Vital statistics of India. Vol. VI, European troops 1870-79
Year: 1870
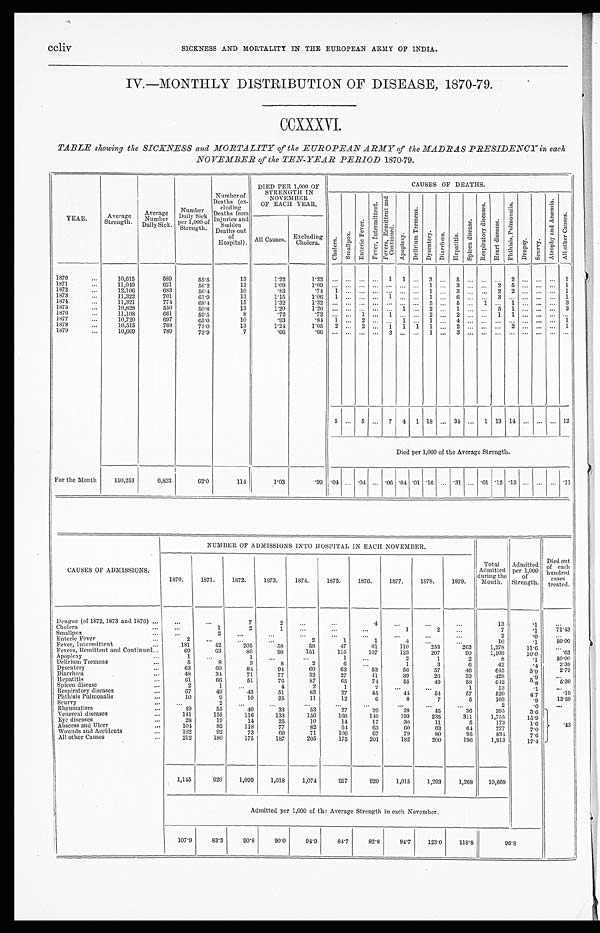
ccliv
SICKNESS AND MORTALITY IN THE EUROPEAN ARMY OF INDIA.
IV.—MONTHLY DISTRIBUTION OF DISEASE, 1870-79.
CCXXXVI.
TABLE showing the SICKNESS and MORTALITY of the EUROPEAN ARMY of the MADRAS PRESIDENCY in each
NOVEMBER of the TEN-YEAR PERIOD 1870-79.
YEAR.
Average
Strength.
Average
Number
Daily Sick.
Number
Daily Sick
Per 1,000 of
Strength.
Number of
Deaths (ex-
cluding
Deaths from
injuries and
Sudden
Deaths out
of
Hospital).
DIED PER 1,000 OF
STRENGTH IN
NOV
E M B E R
OF EACH YEAR.
CAUSES OF DEATHS.
C h o l e r a .
S m a l l p o x .
E n t e r i c F e v e r .
F e v e r , I n t e r m i t t e n t . F e v e r s , Re mi t t e n t a n d Co n t i n u e d . Apoplexy.
D e l i r i u m T r e m e n s .
D y s e n t e r y .
D i a r r h œ a .
H e p a t i t i s .
S p l e e n d i s e a s e .
R e s p i r a t o r y d i s e a s e .
He a r t di s e a s e .
P h t h i s i s P u l m o n a l i s .
D r o p s y .
S c u r v y .
A t r o p h y a n d A n æ m i a .
A l l o t h e r C a u s e s .
All Causes.
Excluding
Cholera.
1870
...
10,615
589
55.5
13
1.22
1 . 2 2
. . .
. . .
. . ....
1
1
. . .
3
. . .
5
. . .
. . ....
2
. . .
. . .
. . .
1
1871...
11,049
621
56.2
12
1.09
1.09
. . . ...
. . . ...
. . . ...
. . .
1
. . .
3
. . .
. . .2
5
. . .
. . .
. . .
1
1872
...
12,106
683
56.4
10
.83
.74
1
. . . ...
...
...
...
...
1
. . .
3
. . .
. . .2
2
. . .
. . .
. . .
1
1873
...
11,322
701
61.9
13
1.15
1.06
1
...
...
...
1
. . .
. . .
1
. . .
6
. . .
. . .3
...
. . .
. . .
. . .
1
1874 ...
11,321
774
68.4
15
1.32
1 . 3 2
. . .
. . .
. . . ...
. . .
. . .
. . .
5
. . .
5
. . .
1 ...
1
. . .
. . .
. . .
3
1875
...
10,828
550
50.8
13
1.20
1 . 2 0
. . .
. . .
. . . ...
. . .
1
. . .
2
. . .
1
. . .
. . .5
1
. . .
. . .
. . .
3
1876
...
11,108
661
59.5
8
.72
.72
. . . ...
1 ...
1
. . .
. . .
2
. . .
2
. . .
. . .1
1
. . .
. . .
. . .
. . .
1877
...
10,720
697
65.0
10
.93
.84
1
. . .
2 ...
. . .
1
. . .
1
. . .
4
. . .
. . ....
...
. . .
. . .
. . .
1
1878
...
10,515
768
73.0
13
1.24
1 . 0 5
2
. . .
2 ...
1
1
1
1
. . .
2
. . .
. . ....
2
. . .
. . .
. . .
1
1879
...
10,669
789
73.9
7
.66
. 6 6
. . .
. . .
. . . ...
3
. . .
. . .
1
. . .
3
. . .
. . ....
...
. . .
. . .
. . .
. . .
5
...
5
...
7
4
1
18
...
34 ...
1
13
14
...
...
...
12
Died per 1,000 of the Average Strength.
For the Month
110,253
6,833
62.0
114
1.03
.99
. 0 4 ... .04 ... .06 .04 .01 .16
... .31
... .01 .12 .13 ...
...
... .11
CAUSES OF ADMISSIONS.
NUMBER OF ADMISSIONS INTO HOSPITAL IN EACH NOVEMBER.
Total
Admitted
during the
Month.
Admitted
per 1,000
of
Strength.
Died
o u t
of
e a c h
hundred
cases
treated.
1870.
1871.
1872.
1873.
1874.
1875.
1876.
1877.
1878.
1879.
Dengue (of 1872, 1873 and 1876) ...
. . .
...
7
2
...
...
4
. . .
. . .
. . .
13
. 1
. . .
C h o l e r a . . .
. . .
1
2
1
. . .
. . .
1
2
...
7
. 1
7 1 . 4 3
Smallpox ...
...
2
...
. . .
...
...
...
...
. . .
. . .
...
2
. 0
. . .
Enteric Fever
...
2
. . .
. . .
. . .
2
1
1
4
...
. . .
10
. 1
5 0 . 0 0
Fever, Intermittent
...
181
42
205
5 8
58
47
61
110
253
263
1,278
1 1 . 6
. . .
Fevers, Remittent and Continued ...
69
63
86
98
151
115
107
123
207
90
1,109
1 0 . 0
63
Apoplexy
...
1
. . .
1
...
...
1
2
1
2
8
. 1
50.00
Delirium Tremens
...
5
8
3
8
2
6
...
1
3
6
42
. 4
2.38
Dysentery ...
63
60
84
94
69
63
...
53
56
57
46
645
3 . 9
3-9
2.79
Diarrhœa
...
48
34
71
77
32
27
41
39
26
33
428
. 9
. . .
Hepatitis
...
61
66
51
76
87
65
74
55
49
58
642
5 . 8
5.30
Spleen disease
...
2
1
...
4
2
1
2
. . .
. . .
1
13
. 1
. . .
Respiratory diseases
...
67
49
43
51
83
27
45
4 4
5 4
57
5 2 0
4 . 7
..19
Phthisis Pulmonalis
...
10
9
10
25
11
12
6
8
7
5
1 0 3
103
. 9
13.59
Scurvy ...
...
2
. . .
. . .
. . .
. . .
. . .
. . .
. . .
. . .
2
. 0
. . .
Rheumatism
...
49
55
40
33
53
27
29
28
45
36
395
3 . 6
Venereal diseases
...
141
155
116
133
156
166
149
193
235
311
1 , 7 5 5
1 5 . 9
Eye diseases
...
28
19
14
25
10
14
17
30
11
5
173
1.6
Abscess and Ulcer
...
104
82
118
77
82
64
63
60
63
64
7 7 7
7 . 0
.43
Wounds and Accidents ...
102
92
73
69
71
106
67
79
80
95
8 3 4
7.6
All other Causes
...
212
180
175
187
205
175
201
182
200
196
1,913
17.4
1,145
920
1,099
1,018
1,074
917
920
1,015
1,293
1,268
10,669
Admitted per 1,000 of the Average Strength in each November.
107.9
83.3
90.3
90.0
94.9
84.7
82.8
94.7
123.0
118.8
9 6 . 8